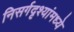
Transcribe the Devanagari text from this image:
निसर्गदृश्यांमध्ये